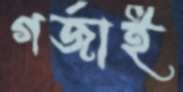
গর্‌জাই